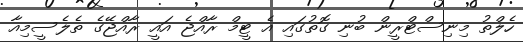
ހެލްތު މިނިސްޓްރީން ބުނި ގޮތުގައި އެ ޓީމް ރާއްޖެ އައީ ރާއްޖޭގެ ތެލެސީމިއާ